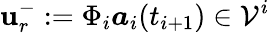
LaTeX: \boldsymbol{\mathbf{u}}_{r}^{-}:=\Phi_{i}\boldsymbol{a}_{i}(t_{i+1})\in\mathcal{{V}}^{i}